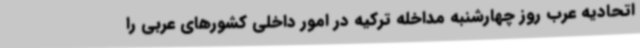
اتحادیه عرب روز چهارشنبه مداخله ترکیه در امور داخلی کشورهای عربی را